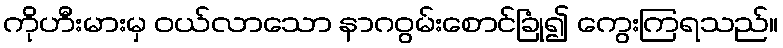
ကိုဟီးမားမှ ဝယ်လာသော နာဂဝွမ်းစောင်ခြုံ၍ ကွေးကြရသည်။